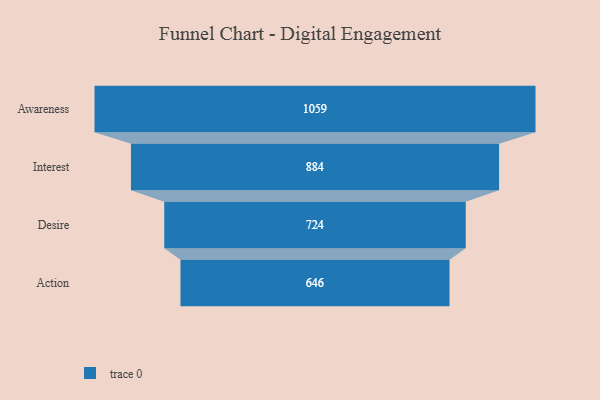
{"axis": {"x": "Stage", "y": "Value"}, "legend": [""], "data": [{"x": "Awareness", "y": 1059.0, "type": ""}, {"x": "Interest", "y": 884.0, "type": ""}, {"x": "Desire", "y": 724.0, "type": ""}, {"x": "Action", "y": 646.0, "type": ""}]}